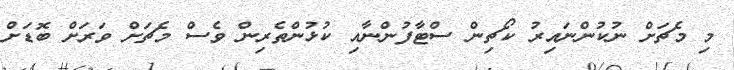
މި މެޗަށް ނުކުންނައިރު ކޯޗިން ސްޓާފުންނާއި ކުޅުންތެރިން ވެސް މެޗަށް ވަރަށް ބޮޑަށް